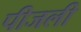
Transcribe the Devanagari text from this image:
पीजली